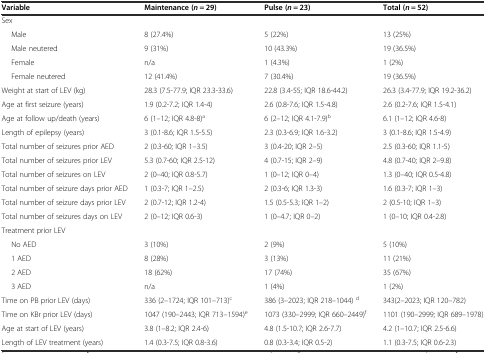
<table><thead><tr><td><b>Variable</b></td><td><b>Maintenance (<i>n</i> = 29)</b></td><td><b>Pulse (<i>n</i> = 23)</b></td><td><b>Total (<i>n</i> = 52)</b></td></tr></thead><tbody><tr><td>Sex</td><td></td><td></td><td></td></tr><tr><td>Male</td><td>8 (27.4%)</td><td>5 (22%)</td><td>13 (25%)</td></tr><tr><td>Male neutered</td><td>9 (31%)</td><td>10 (43.3%)</td><td>19 (36.5%)</td></tr><tr><td>Female</td><td>n/a</td><td>1 (4.3%)</td><td>1 (2%)</td></tr><tr><td>Female neutered</td><td>12 (41.4%)</td><td>7 (30.4%)</td><td>19 (36.5%)</td></tr><tr><td>Weight at start of LEV (kg)</td><td>28.3 (7.5-77.9; IQR 23.3-33.6)</td><td>22.8 (3.4-55; IQR 18.6-44.2)</td><td>26.3 (3.4-77.9; IQR 19.2-36.2)</td></tr><tr><td>Age at first seizure (years)</td><td>1.9 (0.2-7.2; IQR 1.4-4)</td><td>2.6 (0.8-7.6; IQR 1.5-4.8)</td><td>2.6 (0.2-7.6; IQR 1.5-4.1)</td></tr><tr><td>Age at follow up/death (years)</td><td>6 (1–12; IQR 4.8-8)<sup>a</sup></td><td>6 (2–12; IQR 4.1-7.9)<sup>b</sup></td><td>6.1 (1–12; IQR 4.6-8)</td></tr><tr><td>Length of epilepsy (years)</td><td>3 (0.1-8.6; IQR 1.5-5.5)</td><td>2.3 (0.3-6.9; IQR 1.6-3.2)</td><td>3 (0.1-8.6; IQR 1.5-4.9)</td></tr><tr><td>Total number of seizures prior AED</td><td>2 (0.3-60; IQR 1–3.5)</td><td>3 (0.4-20; IQR 2–5)</td><td>2.5 (0.3-60; IQR 1.1-5)</td></tr><tr><td>Total number of seizures prior LEV</td><td>5.3 (0.7-60; IQR 2.5-12)</td><td>4 (0.7-15; IQR 2–9)</td><td>4.8 (0.7-40; IQR 2–9.8)</td></tr><tr><td>Total number of seizures on LEV</td><td>2 (0–40; IQR 0.8-5.7)</td><td>1 (0–12; IQR 0–4)</td><td>1.3 (0–40; IQR 0.5-4.8)</td></tr><tr><td>Total number of seizure days prior AED</td><td>1 (0.3-7; IQR 1–2.5)</td><td>2 (0.3-6; IQR 1.3-3)</td><td>1.6 (0.3-7; IQR 1–3)</td></tr><tr><td>Total number of seizure days prior LEV</td><td>2 (0.7-12; IQR 1.2-4)</td><td>1.5 (0.5-5.3; IQR 1–2)</td><td>2 (0.5-10; IQR 1–3)</td></tr><tr><td>Total number of seizures days on LEV</td><td>2 (0–12; IQR 0.6-3)</td><td>1 (0–4.7; IQR 0–2)</td><td>1 (0–10; IQR 0.4-2.8)</td></tr><tr><td>Treatment prior LEV</td><td></td><td></td><td></td></tr><tr><td>No AED</td><td>3 (10%)</td><td>2 (9%)</td><td>5 (10%)</td></tr><tr><td>1 AED</td><td>8 (28%)</td><td>3 (13%)</td><td>11 (21%)</td></tr><tr><td>2 AED</td><td>18 (62%)</td><td>17 (74%)</td><td>35 (67%)</td></tr><tr><td>3 AED</td><td>n/a</td><td>1 (4%)</td><td>1 (2%)</td></tr><tr><td>Time on PB prior LEV (days)</td><td>336 (2–1724; IQR 101–713)<sup>c</sup></td><td>386 (3–2023; IQR 218–1044) <sup>d</sup></td><td>343(2–2023; IQR 120–782)</td></tr><tr><td>Time on KBr prior LEV (days)</td><td>1047 (190–2443; IQR 713–1594)<sup>e</sup></td><td>1073 (330–2999; IQR 660–2449)<sup>f</sup></td><td>1101 (190–2999; IQR 689–1978)</td></tr><tr><td>Age at start of LEV (years)</td><td>3.8 (1–8.2; IQR 2.4-6)</td><td>4.8 (1.5-10.7; IQR 2.6-7.7)</td><td>4.2 (1–10.7; IQR 2.5-6.6)</td></tr><tr><td>Length of LEV treatment (years)</td><td>1.4 (0.3-7.5; IQR 0.8-3.6)</td><td>0.8 (0.3-3.4; IQR 0.5-2)</td><td>1.1 (0.3-7.5; IQR 0.6-2.3)</td></tr></tbody></table>